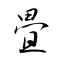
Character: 畳